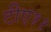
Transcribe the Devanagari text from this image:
टीए११